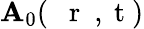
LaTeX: \mathbf{A}_{0}(\mathrm{{~{~\mathbf{~}r~}~,~t~}})